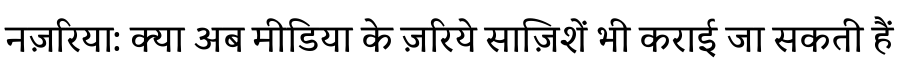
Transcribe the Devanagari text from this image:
नज़रिया: क्या अब मीडिया के ज़रिये साज़िशें भी कराई जा सकती हैं